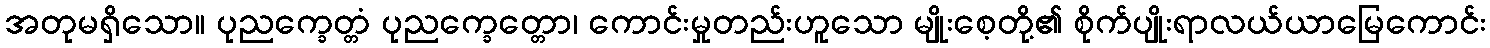
အတုမရှိသော။ ပုညက္ခေတ္တံ ပုညက္ခေတ္တော၊ ကောင်းမှုတည်းဟူသော မျိုးစေ့တို့၏ စိုက်ပျိုးရာလယ်ယာမြေကောင်း